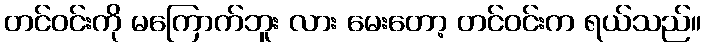
တင်ဝင်းကို မကြောက်ဘူး လား မေးတော့ တင်ဝင်းက ရယ်သည်။